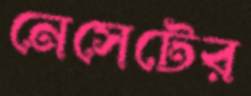
নেসেটের